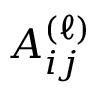
A _ { i j } ^ { ( \ell ) }